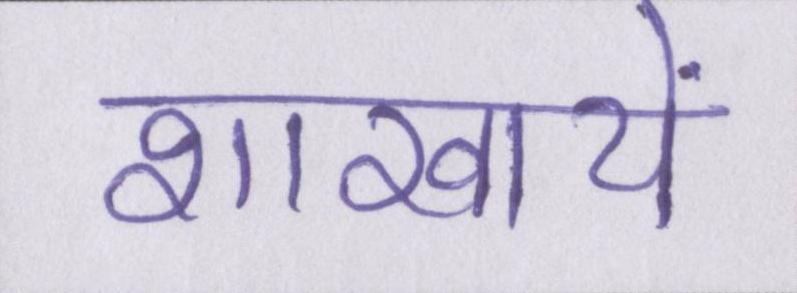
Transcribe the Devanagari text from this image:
शाखायें